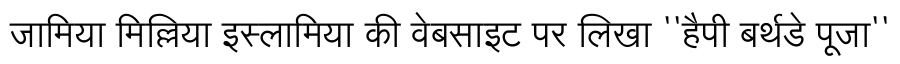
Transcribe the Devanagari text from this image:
जामिया मिल्लिया इस्लामिया की वेबसाइट पर लिखा ''हैपी बर्थडे पूजा''